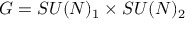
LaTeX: { \cal G } = S U ( N ) _ { 1 } \times S U ( N ) _ { 2 }